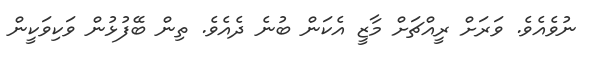
ނުވެއެވެ. ވަރަށް ރީއްޗަށް މާޒީ އެކަން ބުނެ ދެއެވެ. ތިން ބޭފުޅުން ވަކިވަކީން